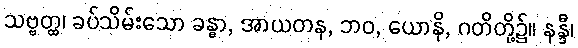
သဗ္ဗတ္ထ၊ ခပ်သိမ်းသော ခန္ဓာ, အာယတန, ဘဝ, ယောနိ, ဂတိတို့၌။ နန္ဒီ၊